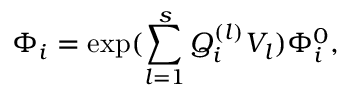
\Phi _ { i } = \exp ( \sum _ { l = 1 } ^ { s } Q _ { i } ^ { ( l ) } V _ { l } ) \Phi _ { i } ^ { 0 } ,